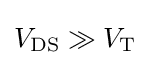
V_{\text{DS}}\gg V_{\text{T}}